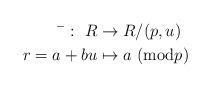
LaTeX: \begin{align*}^-:~R& \rightarrow R/(p,u) \\r=a+bu& \mapsto a~({\rm mod}p) \end{align*}